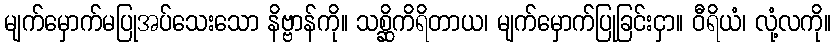
မျက်မှောက်မပြုအပ်သေးသော နိဗ္ဗာန်ကို။ သစ္ဆိကိရိတာယ၊ မျက်မှောက်ပြုခြင်းငှာ။ ဝီရိယံ၊ လုံ့လကို။